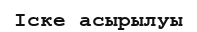
Іске асырылуы